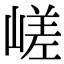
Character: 嵯